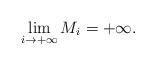
LaTeX: \begin{align*} \lim\limits_{i\to+\infty} M_i = +\infty.\end{align*}